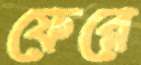
ফেরে